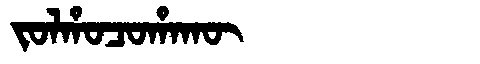
Manchu: ᠵᠣᠯᡥᠣᠴᠣᡥᠠᡴᡡ
Romanization: JOLHOCOHAKŪ